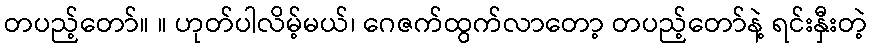
တပည့်တော်။ ။ ဟုတ်ပါလိမ့်မယ်၊ ဂေဇက်ထွက်လာတော့ တပည့်တော်နဲ့ ရင်းနှီးတဲ့